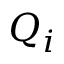
Q _ { i }